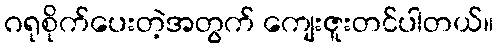
ဂရုစိုက်ပေးတဲ့အတွက် ကျေးဇူးတင်ပါတယ်။